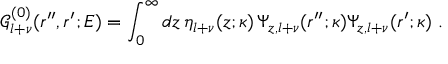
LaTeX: { \mathcal G } _ { l + \nu } ^ { ( 0 ) } ( r ^ { \prime \prime } , r ^ { \prime } ; E ) = \int _ { 0 } ^ { \infty } d z \, \eta _ { l + \nu } ( z ; \kappa ) \, \Psi _ { z , l + \nu } ( r ^ { \prime \prime } ; \kappa ) \Psi _ { z , l + \nu } ( r ^ { \prime } ; \kappa ) \; .